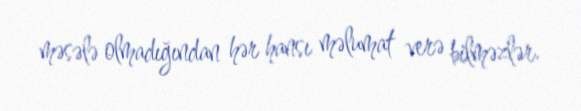
məsələ olmadığından hər hansı məlumat verə bilməzlər.